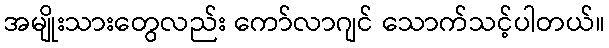
အမျိုးသားတွေလည်း ကော်လာဂျင် သောက်သင့်ပါတယ်။